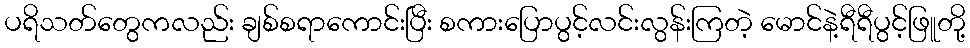
ပရိသတ်တွေကလည်း ချစ်စရာကောင်းပြီး စကားပြောပွင့်လင်းလွန်းကြတဲ့ မောင်နဲ့ရီရီပွင့်ဖြူတို့